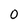
Character: 0